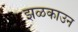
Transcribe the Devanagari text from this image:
झळकाउन